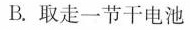
B.取走一节干电池